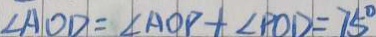
\angle A O D = \angle A O P + \angle P O D = 7 5 ^ { \circ }